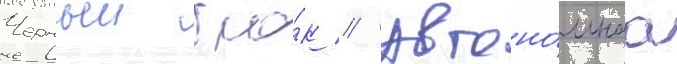
Черныи бло́к // Автоно́мнаа